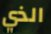
الذي